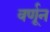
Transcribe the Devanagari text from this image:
वर्णून